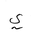
Letter: _ya